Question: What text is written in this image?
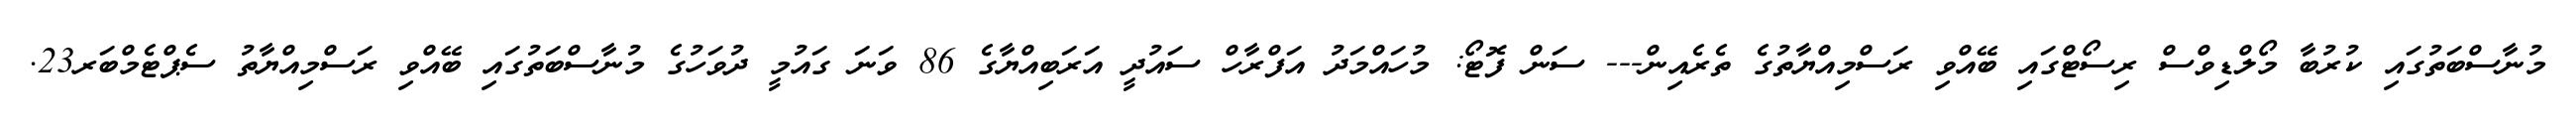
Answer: މުނާސްބަތުގައި ކުރުބާ މޯލްޑިވްސް ރިސޯޓްގައި ބޭއްވި ރަސްމިއްޔާތުގެ ތެރެއިން--- ސަން ފޮޓޯ: މުހައްމަދު އަފްރާހް ސައުދީ އަރަބިއްޔާގެ 86 ވަނަ ގައުމީ ދުވަހުގެ މުނާސްބަތުގައި ބޭއްވި ރަސްމިއްޔާތު ސެޕްޓެމްބަރ23.